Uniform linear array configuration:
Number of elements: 32
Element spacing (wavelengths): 1
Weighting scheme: cosine
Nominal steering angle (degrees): -15
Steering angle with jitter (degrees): -16.0
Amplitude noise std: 0.05
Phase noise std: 0.05

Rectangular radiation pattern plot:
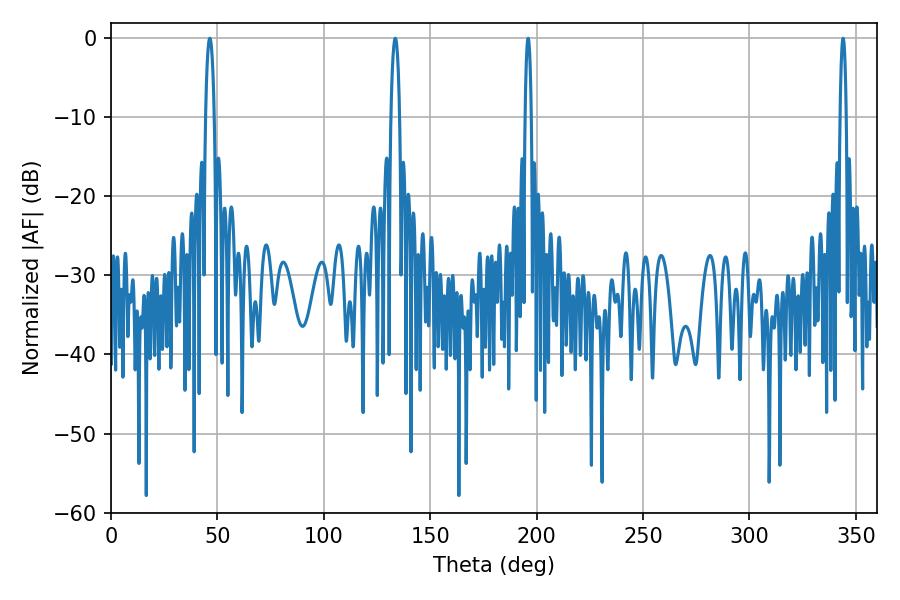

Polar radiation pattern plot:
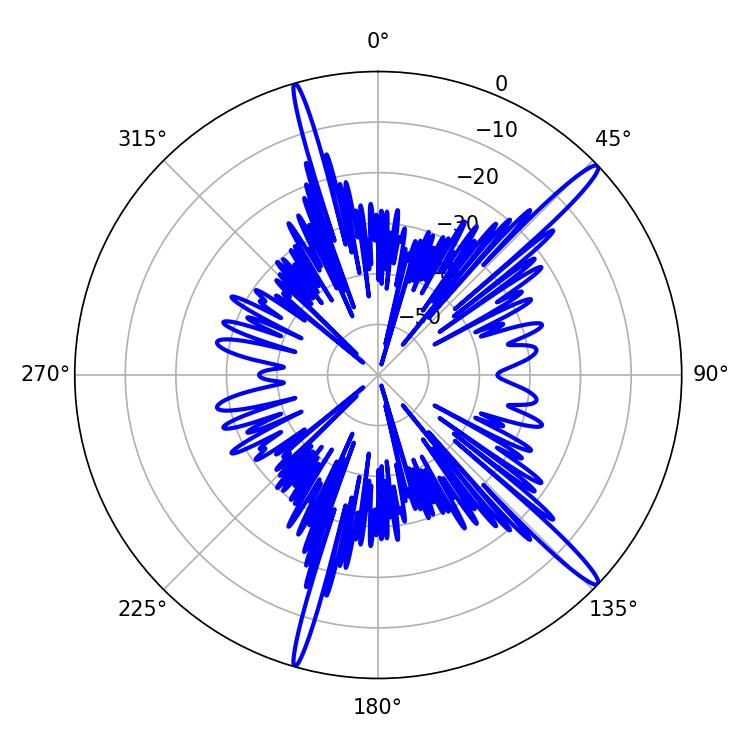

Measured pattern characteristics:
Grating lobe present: TRUE
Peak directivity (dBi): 16.19
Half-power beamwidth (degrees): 2.16
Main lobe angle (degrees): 133.56